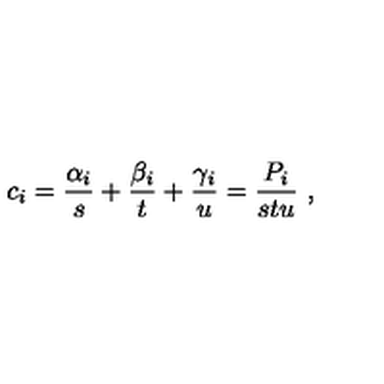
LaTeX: c _ { i } = \frac { \alpha _ { i } } { s } + \frac { \beta _ { i } } { t } + \frac { \gamma _ { i } } { u } = \frac { P _ { i } } { s t u } \ ,